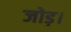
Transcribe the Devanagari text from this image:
जोड़।